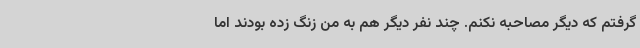
گرفتم که دیگر مصاحبه نکنم. چند نفر دیگر هم به من زنگ زده بودند اما